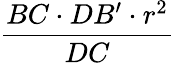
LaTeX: \frac{BC\cdot DB^{\prime}\cdot r^{2}}{DC}